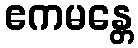
ဧကမန္တေ